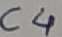
Text: C4